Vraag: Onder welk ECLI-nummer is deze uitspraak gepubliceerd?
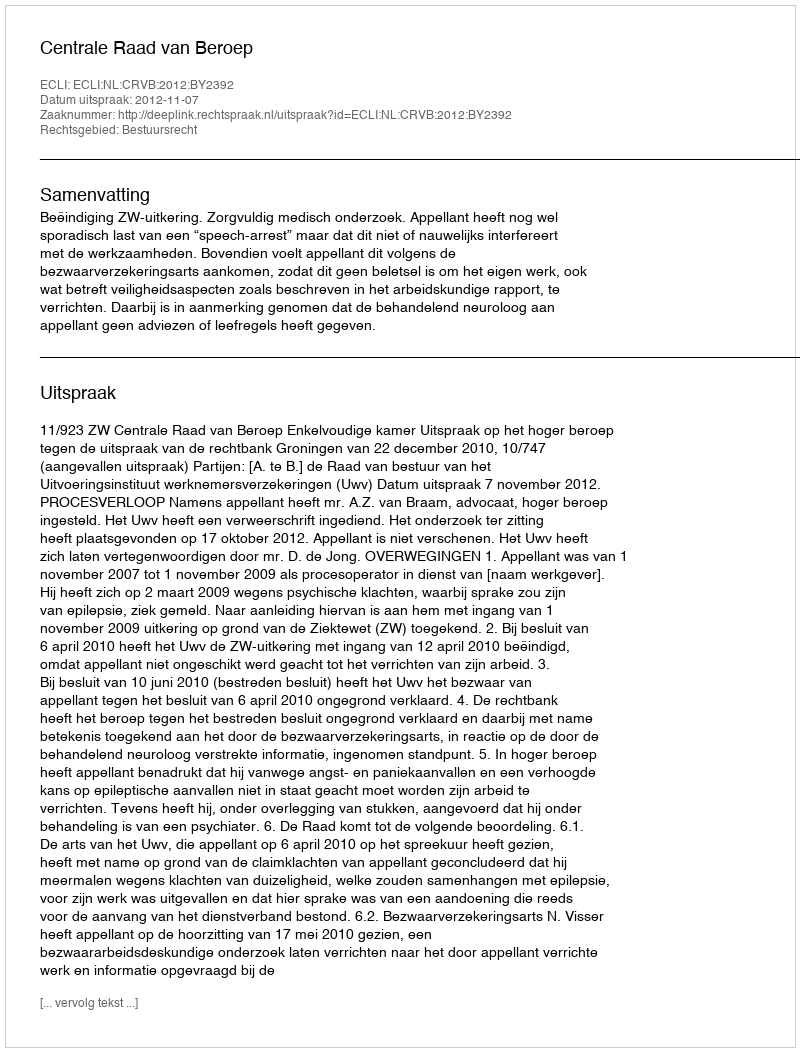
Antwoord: ECLI:NL:CRVB:2012:BY2392